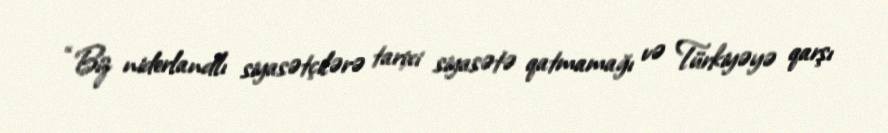
“Biz niderlandlı siyasətçilərə tarixi siyasətə qatmamağı və Türkiyəyə qarşı